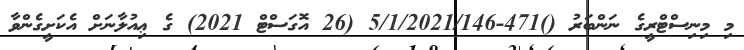
މި މިނިސްޓްރީގެ ނަންބަރު ()471-5/1/2021/146 (26 އޮގަސްޓް 2021) ގެ ޢިއުލާނަށް އެކަށީގެންވާ